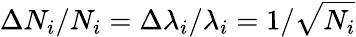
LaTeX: \Delta N_{i}/N_{i}=\Delta\lambda_{i}/\lambda_{i}=1/\sqrt{N_{i}}